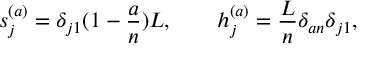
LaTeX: s _ { j } ^ { ( a ) } = \delta _ { j 1 } ( 1 - { \frac { a } { n } } ) L , \qquad h _ { j } ^ { ( a ) } = { \frac { L } { n } } \delta _ { a n } \delta _ { j 1 } ,